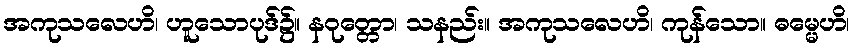
အကုသလေဟိ၊ ဟူသောပုဒ်၌။ နဝုတ္တော၊ သနည်း။ အကုသလေဟိ၊ ကုန်သော။ ဓမ္မေဟိ၊